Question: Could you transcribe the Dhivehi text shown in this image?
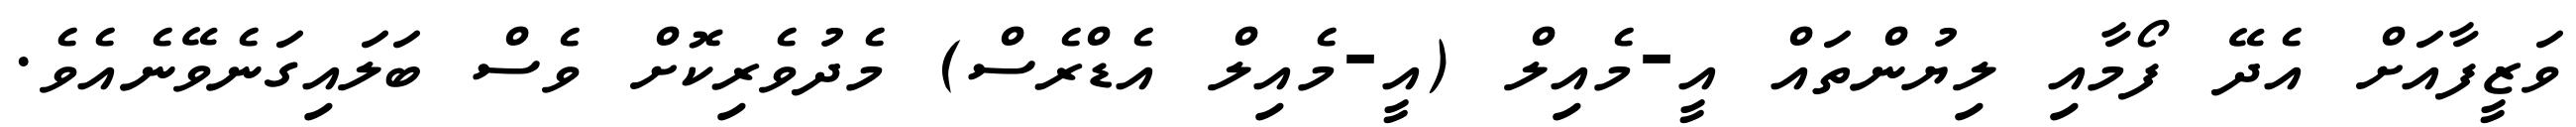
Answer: ވަޒީފާއަށް އެދޭ ފޯމާއި ލިޔުންތައް އީ-މެއިލް (އީ-މެއިލް އެޑްރެސް) މެދުވެރިކޮށް ވެސް ބަލައިގަނެވޭނެއެވެ.